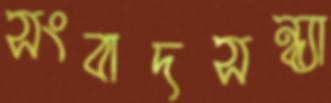
সংবাদসন্ধ্যা